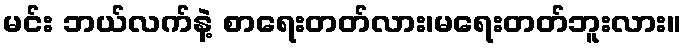
မင်း ဘယ်လက်နဲ့ စာရေးတတ်လား၊မရေးတတ်ဘူးလား။